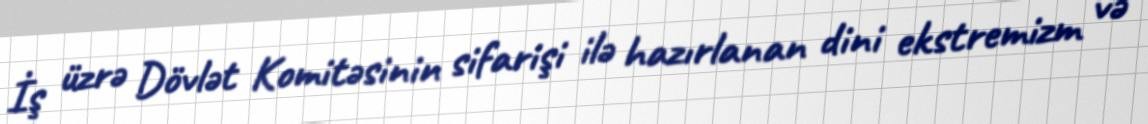
İş üzrə Dövlət Komitəsinin sifarişi ilə hazırlanan dini ekstremizm və